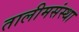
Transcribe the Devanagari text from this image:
तालीमसंस्था